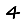
Digit: 4